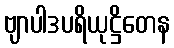
ဗျာပါဒပရိယုဋ္ဌိတေန